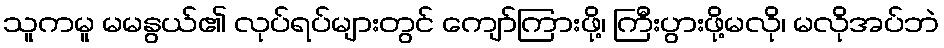
သူကမူ မမနွယ်၏ လုပ်ရပ်များတွင် ကျော်ကြားဖို့၊ ကြီးပွားဖို့မလို၊ မလိုအပ်ဘဲ